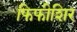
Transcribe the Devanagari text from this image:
फिफीशिर